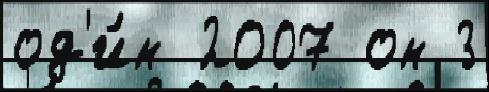
од'и́н 2007 он 3